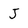
Character: J